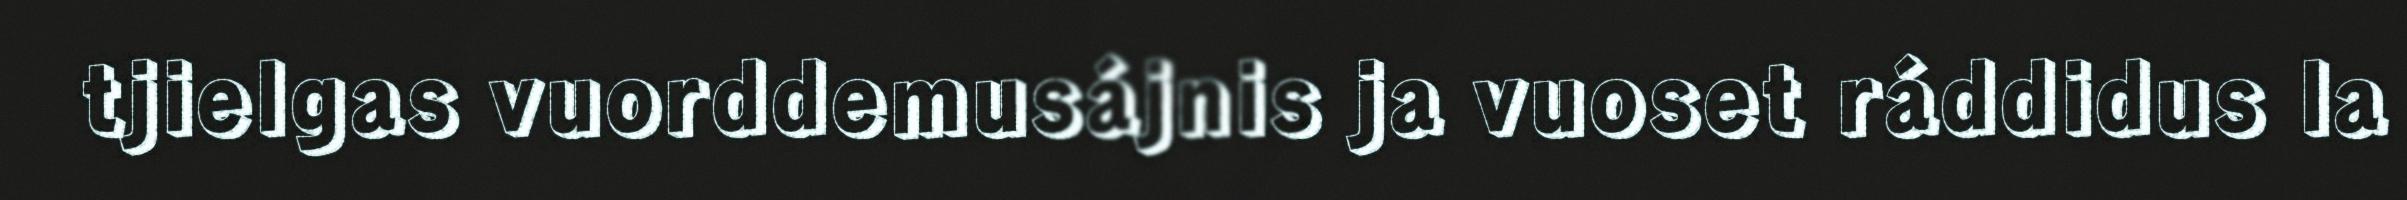
tjielgas vuorddemusájnis ja vuoset ráddidus la